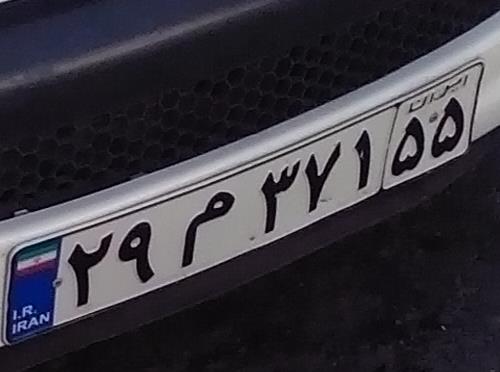
۲۹م۳۷۱۵۵